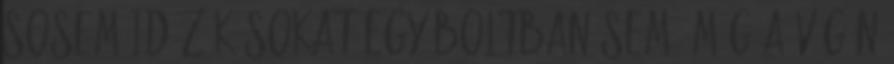
sosem időzök sokat egy boltban sem, még a végén